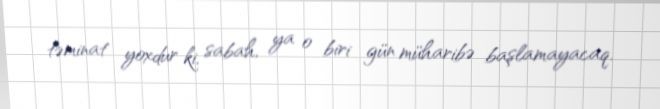
təminat yoxdur ki, sabah, ya o biri gün müharibə başlamayacaq.